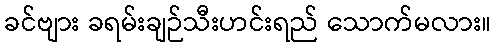
ခင်ဗျား ခရမ်းချဉ်သီးဟင်းရည် သောက်မလား။